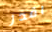
اقدر